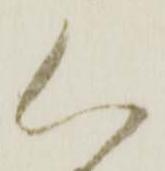
く